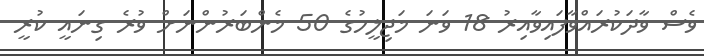
ވެސް ވާދަކުރައްވާފައިވާއިރު 18 ވަނަ މަޖިލީހުގެ 50 މެންބަރުންނަށް ވުރެ ގިނައީ ކުރީ